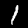
Digit: 1